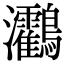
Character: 𪈯